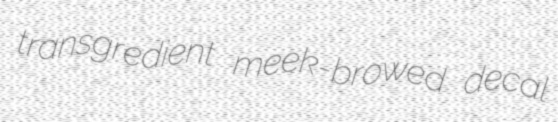
transgredient meek-browed decal